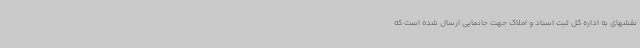
نقشهای به اداره کل ثبت اسناد و املاک جهت جانمایی ارسال شده است که